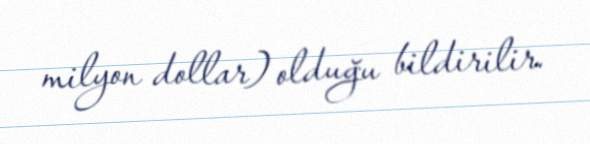
milyon dollar) olduğu bildirilir.